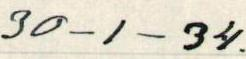
30-1-34.